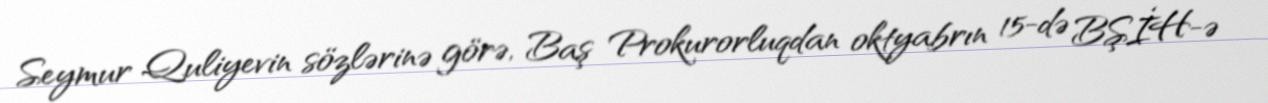
Seymur Quliyevin sözlərinə görə, Baş Prokurorluqdan oktyabrın 15-də BŞİH-ə